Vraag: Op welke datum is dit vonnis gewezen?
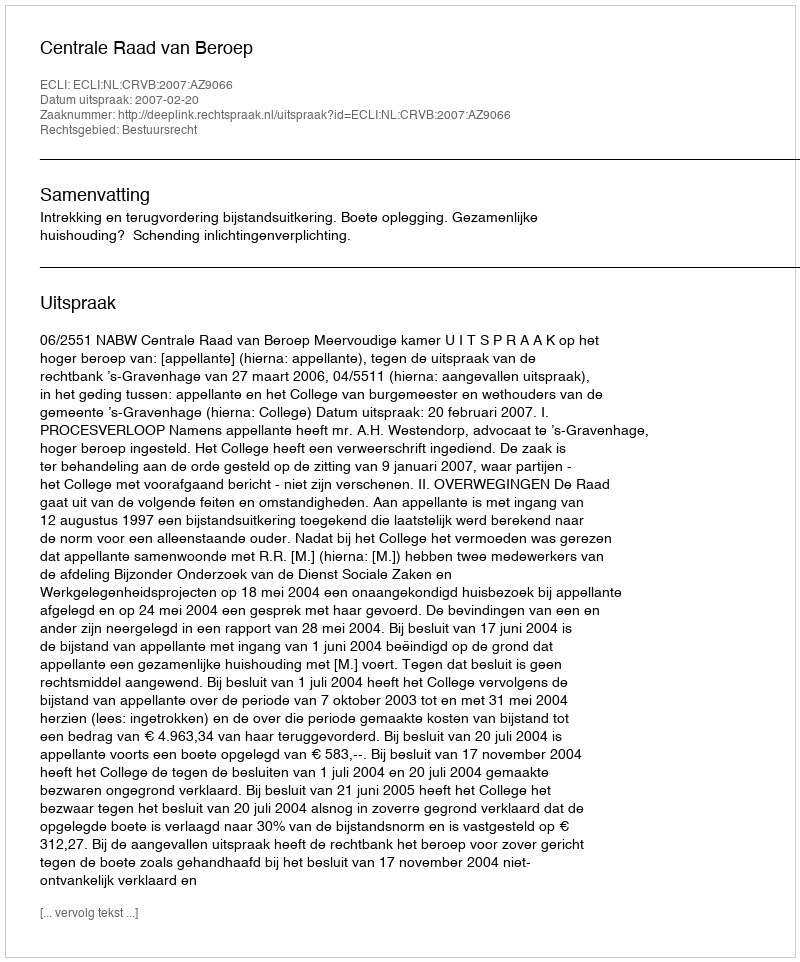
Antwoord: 2007-02-20